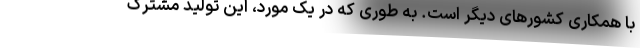
با همکاری کشورهای دیگر است. به طوری که در یک مورد، این تولید مشترک